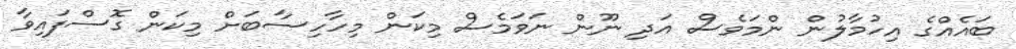
ބައެއްގެ އިހުމާލުން ންމަވެސް އަދި ނޫން ނަވަމެސް މިކަން މިހާހިސާބަށް މިކަން ގޮސްފައިވާ